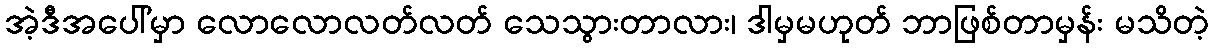
အဲ့ဒီအပေါ်မှာ လောလောလတ်လတ် သေသွားတာလား၊ ဒါမှမဟုတ် ဘာဖြစ်တာမှန်း မသိတဲ့